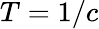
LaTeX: T=1/c